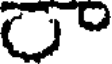
C